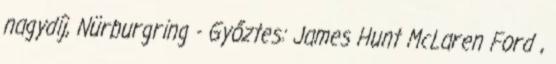
nagydíj, Nürburgring - Győztes: James Hunt McLaren Ford ,